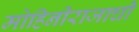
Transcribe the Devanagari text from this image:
मोहिनीराजाची